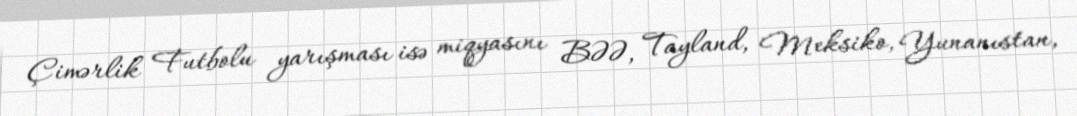
Çimərlik Futbolu yarışması isə miqyasını BƏƏ, Tayland, Meksiko, Yunanıstan,